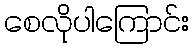
စေလိုပါကြောင်း